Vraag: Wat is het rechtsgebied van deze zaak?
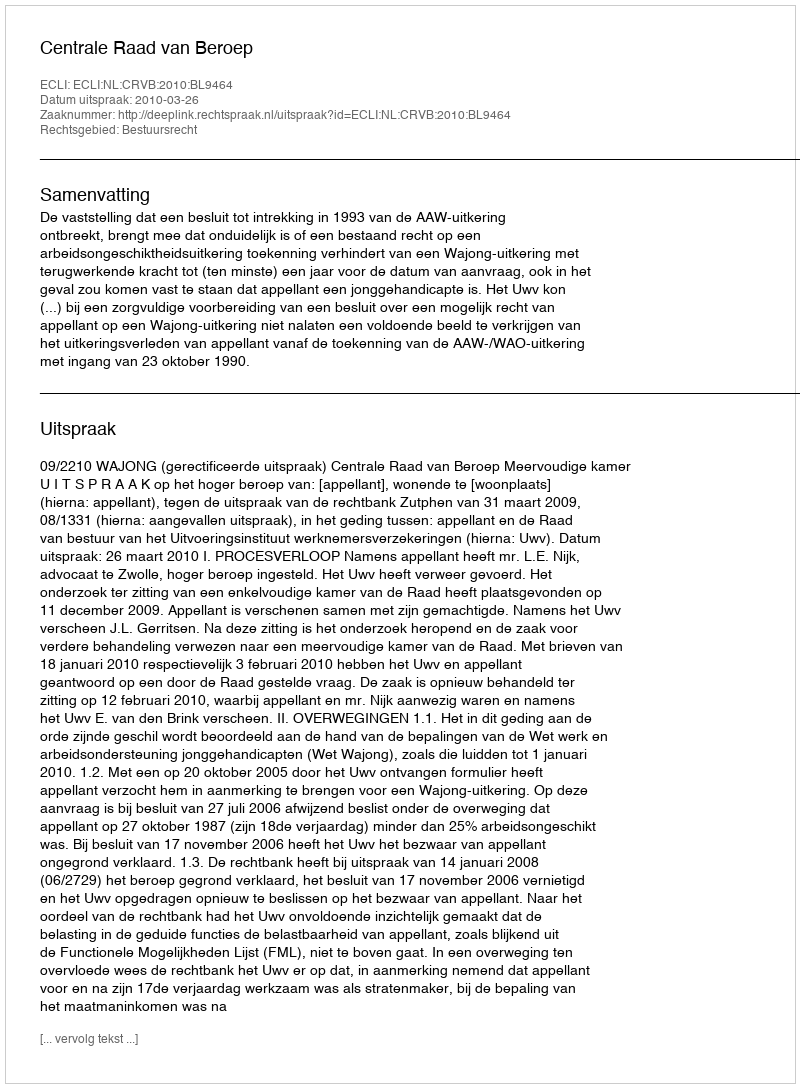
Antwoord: Bestuursrecht